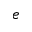
e